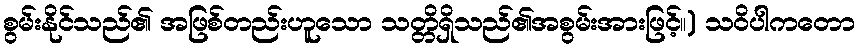
စွမ်းနိုင်သည်၏ အဖြစ်တည်းဟူသော သတ္တိရှိသည်၏အစွမ်းအားဖြင့်။) သဝိပါကတော